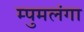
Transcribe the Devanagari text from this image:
म्पुमलंगा